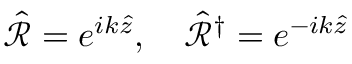
\hat { \mathcal { R } } = e ^ { i k \hat { z } } , \quad \hat { \mathcal { R } } ^ { \dag } = e ^ { - i k \hat { z } }